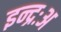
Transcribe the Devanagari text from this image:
इन्द्रःअ